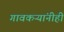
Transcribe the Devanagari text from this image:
गावकऱ्यांनीही